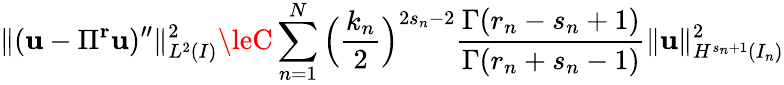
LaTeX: \| (\mathbf{u}-\Pi^{\mathbf{{r}}}\mathbf{u})^{\prime\prime}\| _{L^{2}(I)}^{2}\leC\displaystyle\sum_{n=1}^{N}\Big(\displaystyle\frac{{k_{n}}}{{2}}\Big)^{2s_{n}-2}\displaystyle\frac{{\Gamma(r_{n}-s_{n}+1)}}{{\Gamma(r_{n}+s_{n}-1)}}\| \mathbf{u}\| _{H^{s_{n}+1}(I_{n})}^{2}